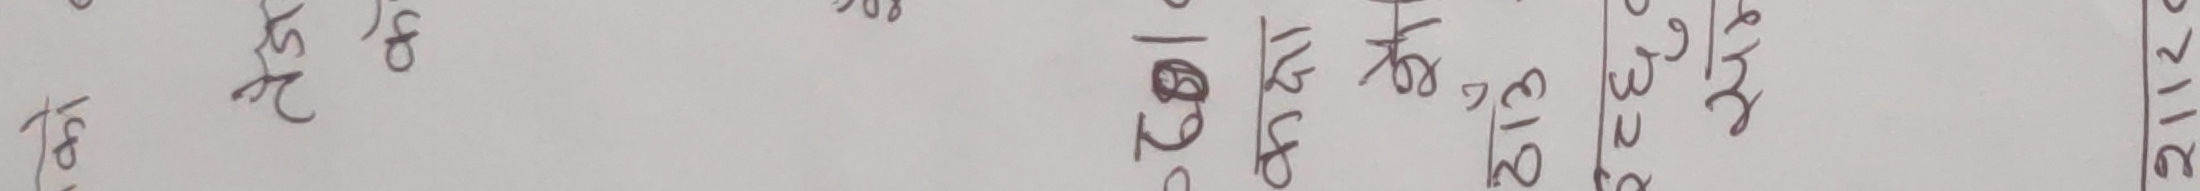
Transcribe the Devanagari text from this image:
बेहोस १६/०४/२०७९। २०२६/०३/२१